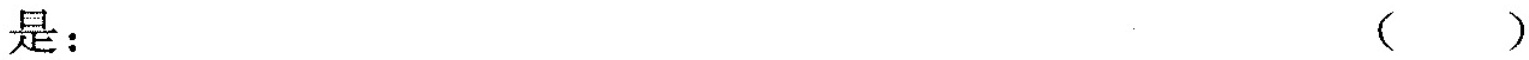
是：( )